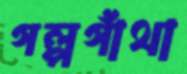
গল্পগাঁথা